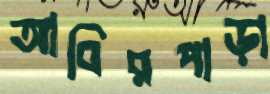
আবিরপাড়া